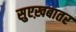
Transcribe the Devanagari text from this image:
सुएख़बातर